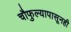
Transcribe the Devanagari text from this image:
चौफुल्यापासूनही